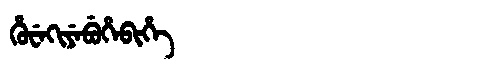
Manchu: ᡥᡠᠸᡝᡴᡳᠶᡝᠪᡠᡥᡝᠪᡳᡥᡝ
Romanization: HUWEKIYEBUHEBIHE